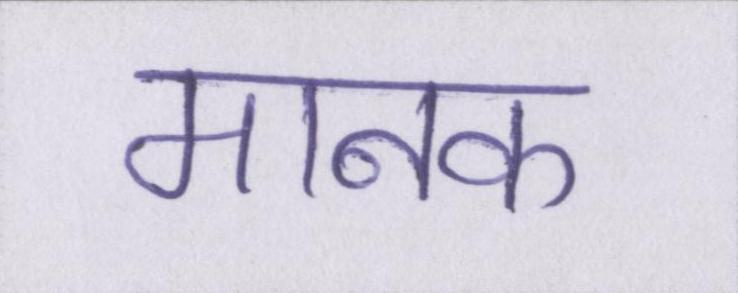
मानक